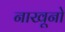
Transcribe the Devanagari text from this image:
नाखूनो